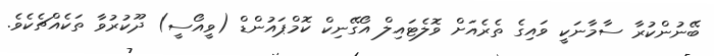
ބޭނުންކުރާ ސާމާނަކީ ވައިގެ ތެރެއަށް ވޮލެޓައިލް އޯގޭނިކް ކޮމްޕައުންޑް (ވީއޯސީ) ދޫކުރުވާ ތަކެއްޗެކެވެ.